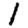
Digit: 1